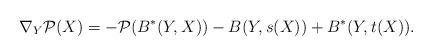
LaTeX: \begin{align*}\nabla_Y \mathcal{P}(X)= - \mathcal{P}(B^*(Y,X)) - B(Y,s(X)) + B^*(Y,t(X)).\end{align*}